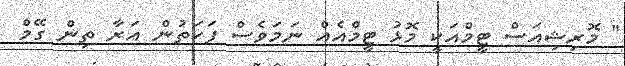
" މޮރިޝިއަސް ޓީމްއަކީ މޮޅު ޓީމްއެއް ނަމަވެސް ފަހަތުން އަރާ ތިން ގޭމް